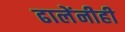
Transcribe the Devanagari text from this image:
ढालेंनीही